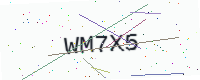
Text: WM7X5